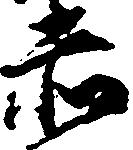
赤